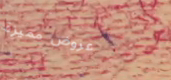
عروض مميزة